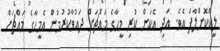
ލީކްކޮށްލާފަ އެވެ. އަދި އެކަން ކުރި މީހާގެ މައްޗަށް ދައުވާކުރުމުން އެމީހާގެ މައްޗަށް